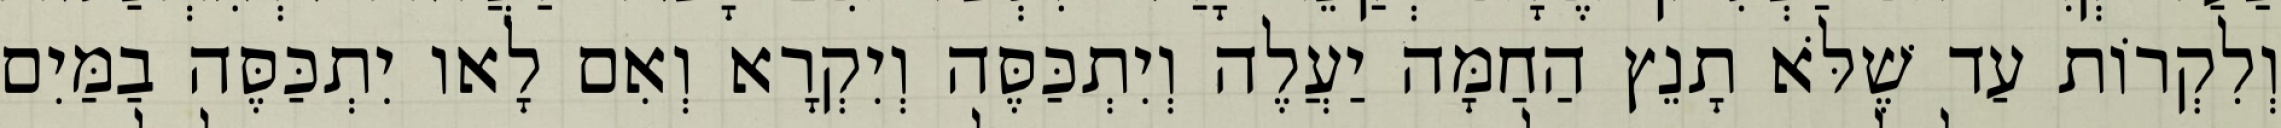
וְלִקְרוֹת עַד שֶׁלֹּא תָנֵץ הַחַמָּה יַעֲלֶה וְיִתְכַּסֶּה וְיִקְרָא וְאִם לָאו יִתְכַּסֶּה בַמַּיִם